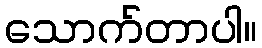
သောက်တာပါ။